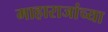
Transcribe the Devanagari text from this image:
माहाराजांच्या